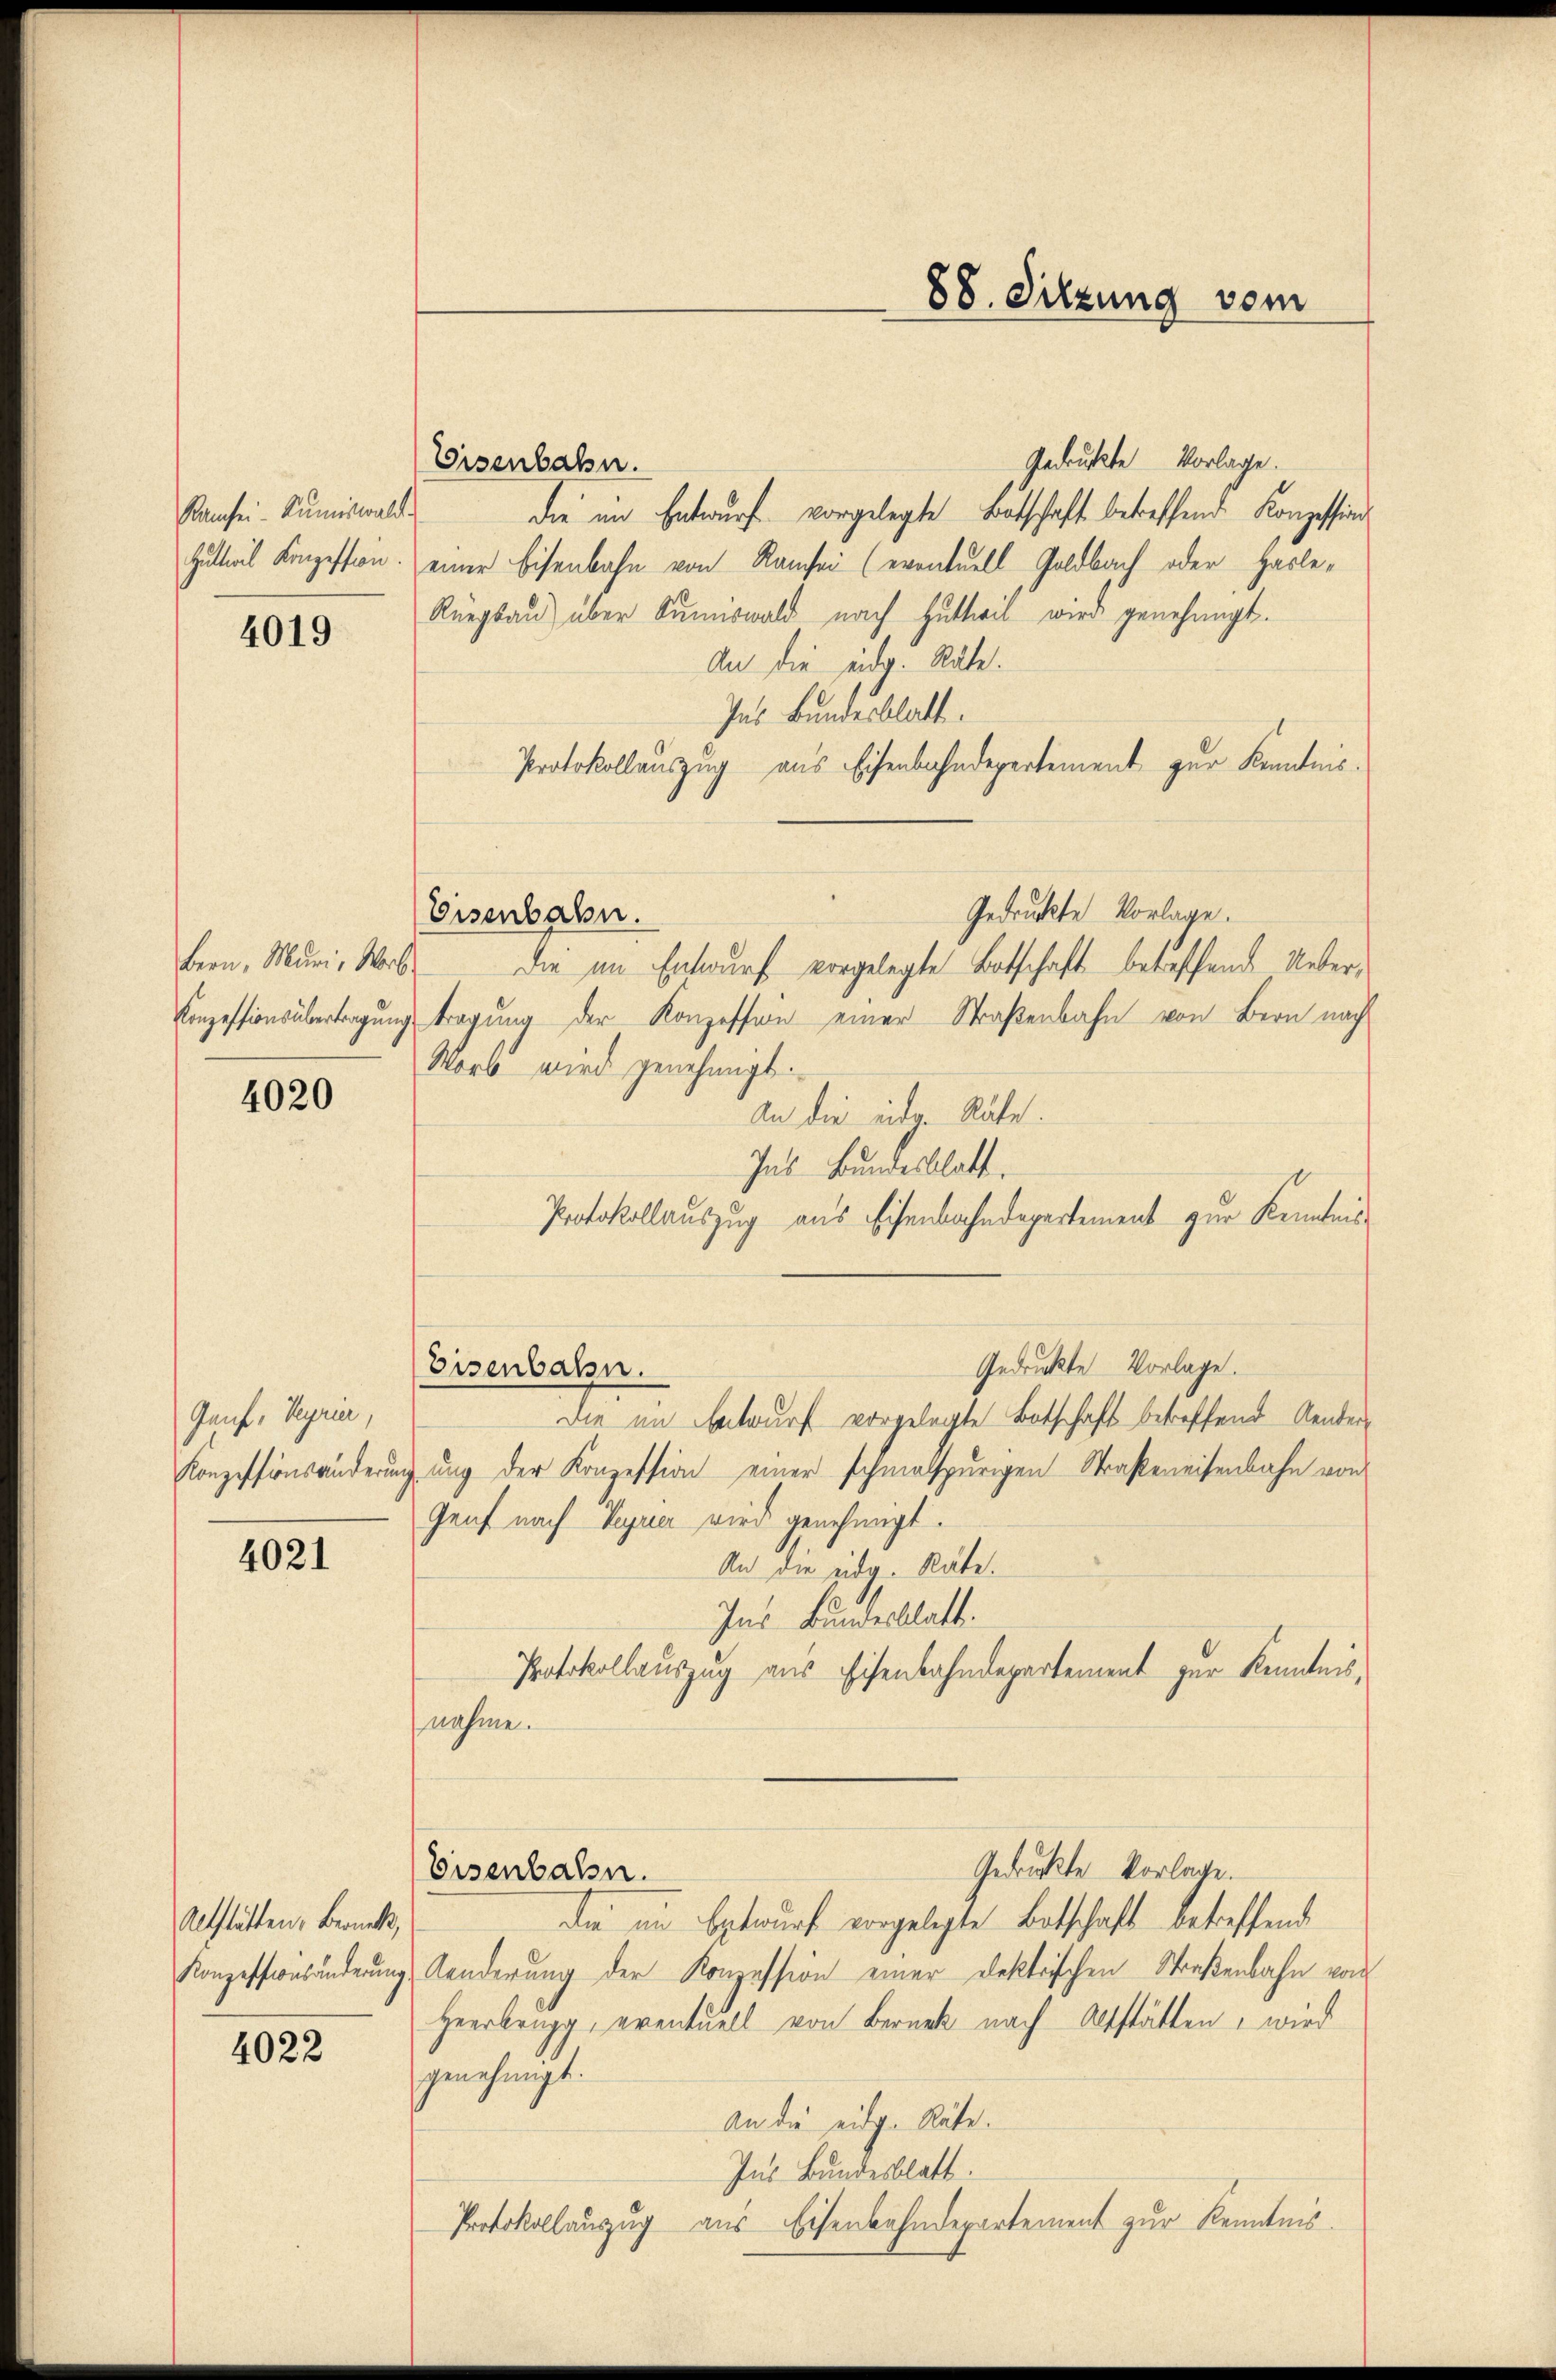
Ramsei-Rumiswald
Huttwil Konzession.

4019

Bern, Muri, Worb.
Conzessions übertragung

4020

Gauf, Veyrier,
Konzessionsänderung

4021

Altstätten, Berück,
Konzessionsänderung

4022

Gedruckte Vorlage.
Eisenbahn.
die im Entwurf vorgelegte Botschaft betreffend Konzession
einer Eisenbahn von Ramsei (eventuell Geldbach oder Hasle,
Rüegsau über Sunswald nach Huttwil wird genehmigt.
An die eidg. Räte.
Ins Bundesblatt.
Protokollauszug aus Eisenbahndepartement zur Kenntnis¬
Gedruckte Vorlage.
die im Entwurf vorgelegte Botschaft betreffende Untertragung der Konzession einer Straßenbahn von Bern nach
Worb wird genehmigt.
An die inde Räte.
Ins Bundesblatt.
Protokollauszug aus Eisenbahndepartement zur Kenntnis
Gedruckte Vorlage.
Eisenbahn.
Die am Entwurf vorgelegte Botschaft betreffend Kenterung der Konzession einer schmalspurigen Straßeneisenbahn von
Genf nach Verer wird genehmigt.
An die übe. Räte.
Ins Bundesblatt.
Protokollauszug aus Eisenbahndepartement zur Kenntnisnahme.
Gedrückte Vorlage.
Eisenbahn.
die am Entwurf vorgelegte Botschaft betreffend
Aenderung der Konzession einer Dektrischen Straßenbahn von
Heerbring, eventuell von Berück nach Altstätten, wird
genehmigt.
An die eidg. Räte.
Ins Bundesblatt.
Protokollauszug aus Eisenbahndepartement zur Kenntnis.

Eisenbahn.

88. Sitzung vom